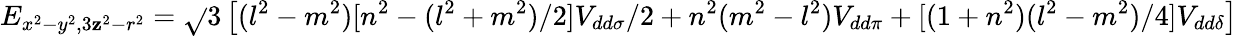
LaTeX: E_{x^{2}-y^{2},3\mathbf{z}^{2}-r^{2}}={\sqrt{}{{3}}}\left[(l^{2}-m^{2})[n^{2}-(l^{2}+m^{2})/2]V_{dd\sigma}/2+n^{2}(m^{2}-l^{2})V_{dd\pi}+[(1+n^{2})(l^{2}-m^{2})/4]V_{dd\delta}\right]